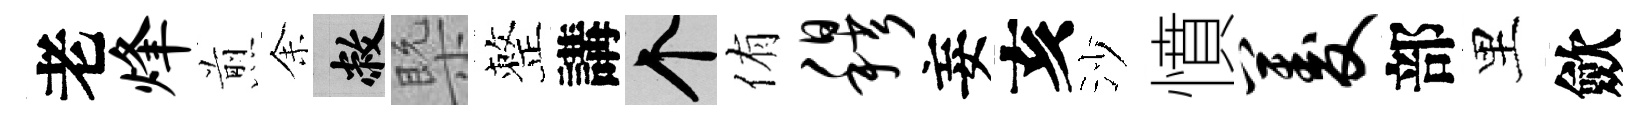
老烽煎𪜬敝槩整講个侑穆妄亥沙憤菱部里歛